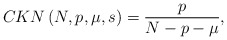
\begin{align*}CKN\left( N,p,\mu,s\right) =\frac{p}{N-p-\mu},\end{align*}